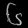
Digit: ၆